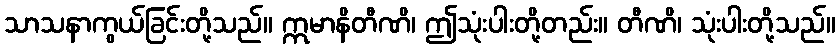
သာသနာကွယ်ခြင်းတို့သည်။ ဣမာနိတီဏိ၊ ဤသုံးပါးတို့တည်း။ တီဏိ၊ သုံးပါးတို့သည်။